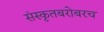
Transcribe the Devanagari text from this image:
संस्कृतबरोबरच